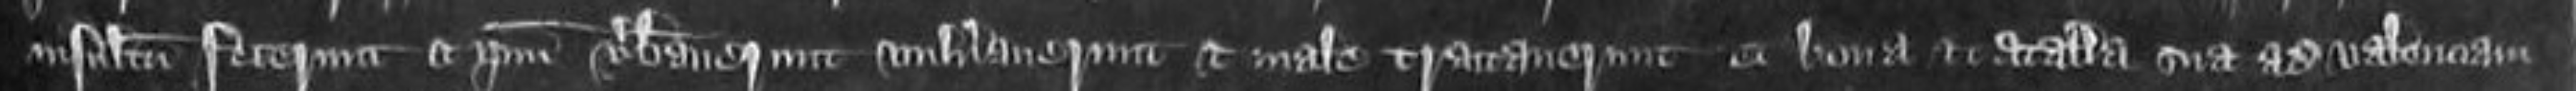
insultum fecerunt et ipsum verberaverunt vulneraverunt et maletractaverunt et bona et catalla sua ad valenciam